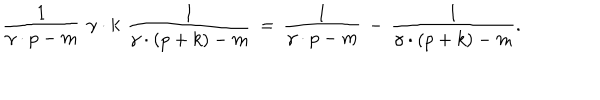
\frac { 1 } { \gamma \cdot p - m } \, \, \gamma \cdot k \, \, \frac { 1 } { \gamma \cdot ( p + k ) - m } \, = \, \frac { 1 } { \gamma \cdot p - m } \, - \, \frac { 1 } { \gamma \cdot ( p + k ) - m } .